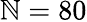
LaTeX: \mathbb{N}=80